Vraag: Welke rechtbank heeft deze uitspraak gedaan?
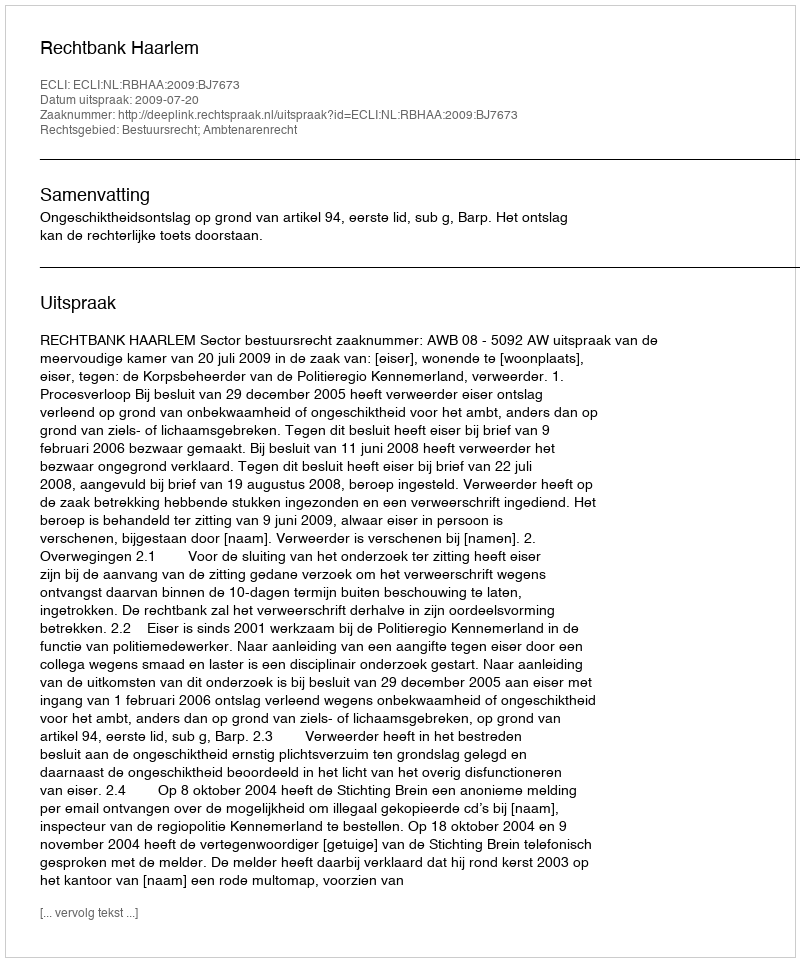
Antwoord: Rechtbank Haarlem